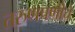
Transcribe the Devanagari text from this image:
तरुणपणीचे